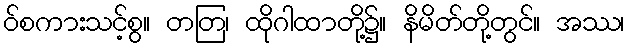
ဝ်စကားသင့်စွ။ တတြ၊ ထိုဂါထာတို့၌။ နိမိတ်တို့တွင်။ အဿ၊